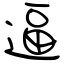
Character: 逼